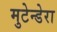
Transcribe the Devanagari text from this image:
मुटेन्डेरा